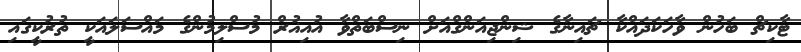
ޓާކިޗް ބަހުން ވާހަކަދައްކާ ޗައިނާގެ ޝިންޖިއަންގްއަށް ނިސްބަތްވާ އުއިޣުރް މުސްލިމުންގެ މައްސަލައަކީ ތުރުކީގައި